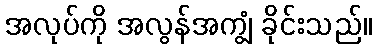
အလုပ်ကို အလွန်အကျွံ ခိုင်းသည်။